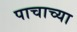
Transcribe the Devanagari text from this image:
पाचाच्या